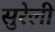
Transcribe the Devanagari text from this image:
सुरेली